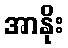
အာနိုး